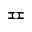
\eqcirc